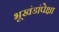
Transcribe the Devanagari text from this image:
भूखंडांपेक्षा